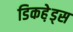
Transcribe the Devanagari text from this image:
डिकहे़ड्स